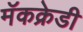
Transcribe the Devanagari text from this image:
मॅकक्रेडी